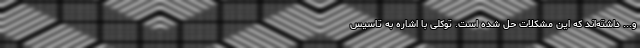
و... داشته‌اند که این مشکلات حل شده ‌است. توکلی با اشاره به تاسیس